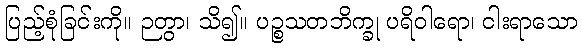
ပြည့်စုံခြင်းကို။ ဉတွာ၊ သိ၍။ ပဉ္စသတဘိက္ခု ပရိဝါရော၊ ငါးရာသော